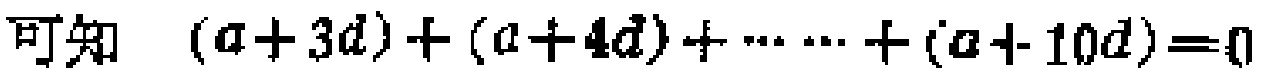
可知 \((a + 3d)+(a + 4d)+\cdots+(a + 10d)=0\)